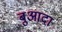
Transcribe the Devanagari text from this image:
बुआदा